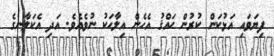
ފިޔަވައި އަޅުކަން ކުރުން ޙައްޤު އެހެން އިލާހަކު ނުވެއެވެ. އަދި އެކަލާނގެ